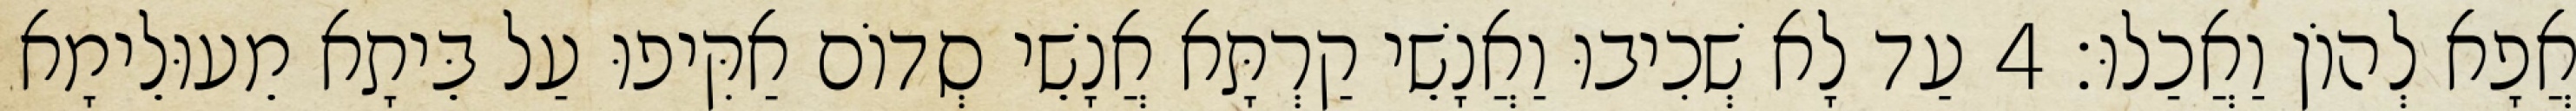
אֲפָא לְהוֹן וַאֲכַלוּ׃ 4 עַד לָא שְׁכִיבוּ וַאֲנָשֵׁי קַרְתָּא אֲנָשֵׁי סְדוֹם אַקִּיפוּ עַל בֵּיתָא מֵעוּלֵימָא